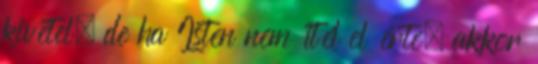
kivétel, de ha Isten nem ítél el érte, akkor